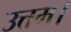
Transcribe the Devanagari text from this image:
उत्तम।